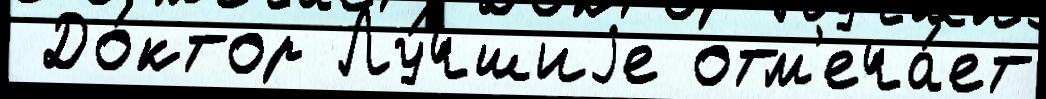
 До́ктор Лу́чшиjе отм'еча́ет